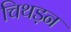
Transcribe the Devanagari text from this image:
चिथड़न